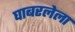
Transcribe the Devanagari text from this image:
घाबरलेला